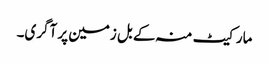
مارکیٹ منہ کے بل زمین پر آگری۔